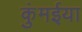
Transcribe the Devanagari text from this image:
कुंमईया